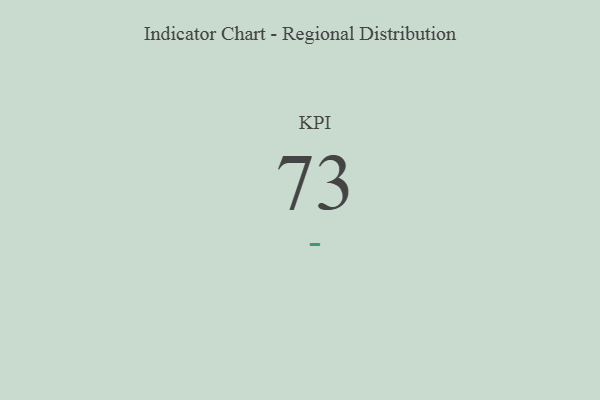
{"axis": {"x": "KPI", "y": "Value"}, "legend": [""], "data": [{"x": "KPI", "y": 73, "type": ""}]}